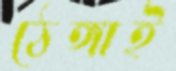
ঠেঙ্গাই